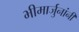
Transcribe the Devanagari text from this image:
भीमार्जुनांनी